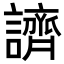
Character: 䜞